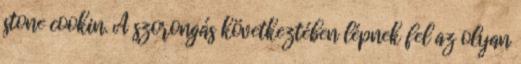
stone cookin. A szorongás következtében lépnek fel az olyan